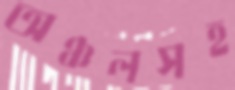
অঞ্চলসহ